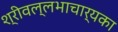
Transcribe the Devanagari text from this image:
श्रीवल्लभाचार्यका